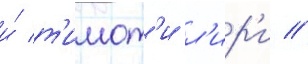
и́ т'имот'и л'ир'и //